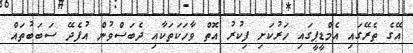
އޭގެ ތެރޭގައި އެމްޑީޕީގައި ހަރުކަށި ފިކުރު އޮތް ވާހަކަތަކާއި ދެބަސްވުން އުފެދޭ ސަބަބުތައް